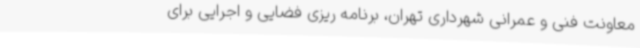
معاونت فنی و عمرانی شهرداری تهران، برنامه ریزی فضایی و اجرایی برای